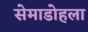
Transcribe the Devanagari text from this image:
सेमाडोहला